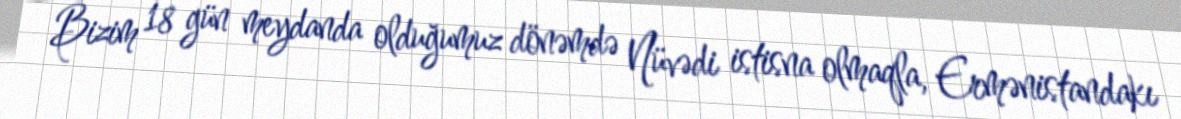
Bizim 18 gün meydanda olduğumuz dönəmdə Nüvədi istisna olmaqla, Ermənistandakı